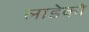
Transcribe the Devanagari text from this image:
लाडेको